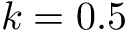
k = 0 . 5